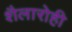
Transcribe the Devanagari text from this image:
शैलारोही